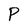
Character: P